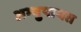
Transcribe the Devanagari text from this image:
अभ्युपायत